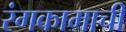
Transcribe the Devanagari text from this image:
रंगकामाची